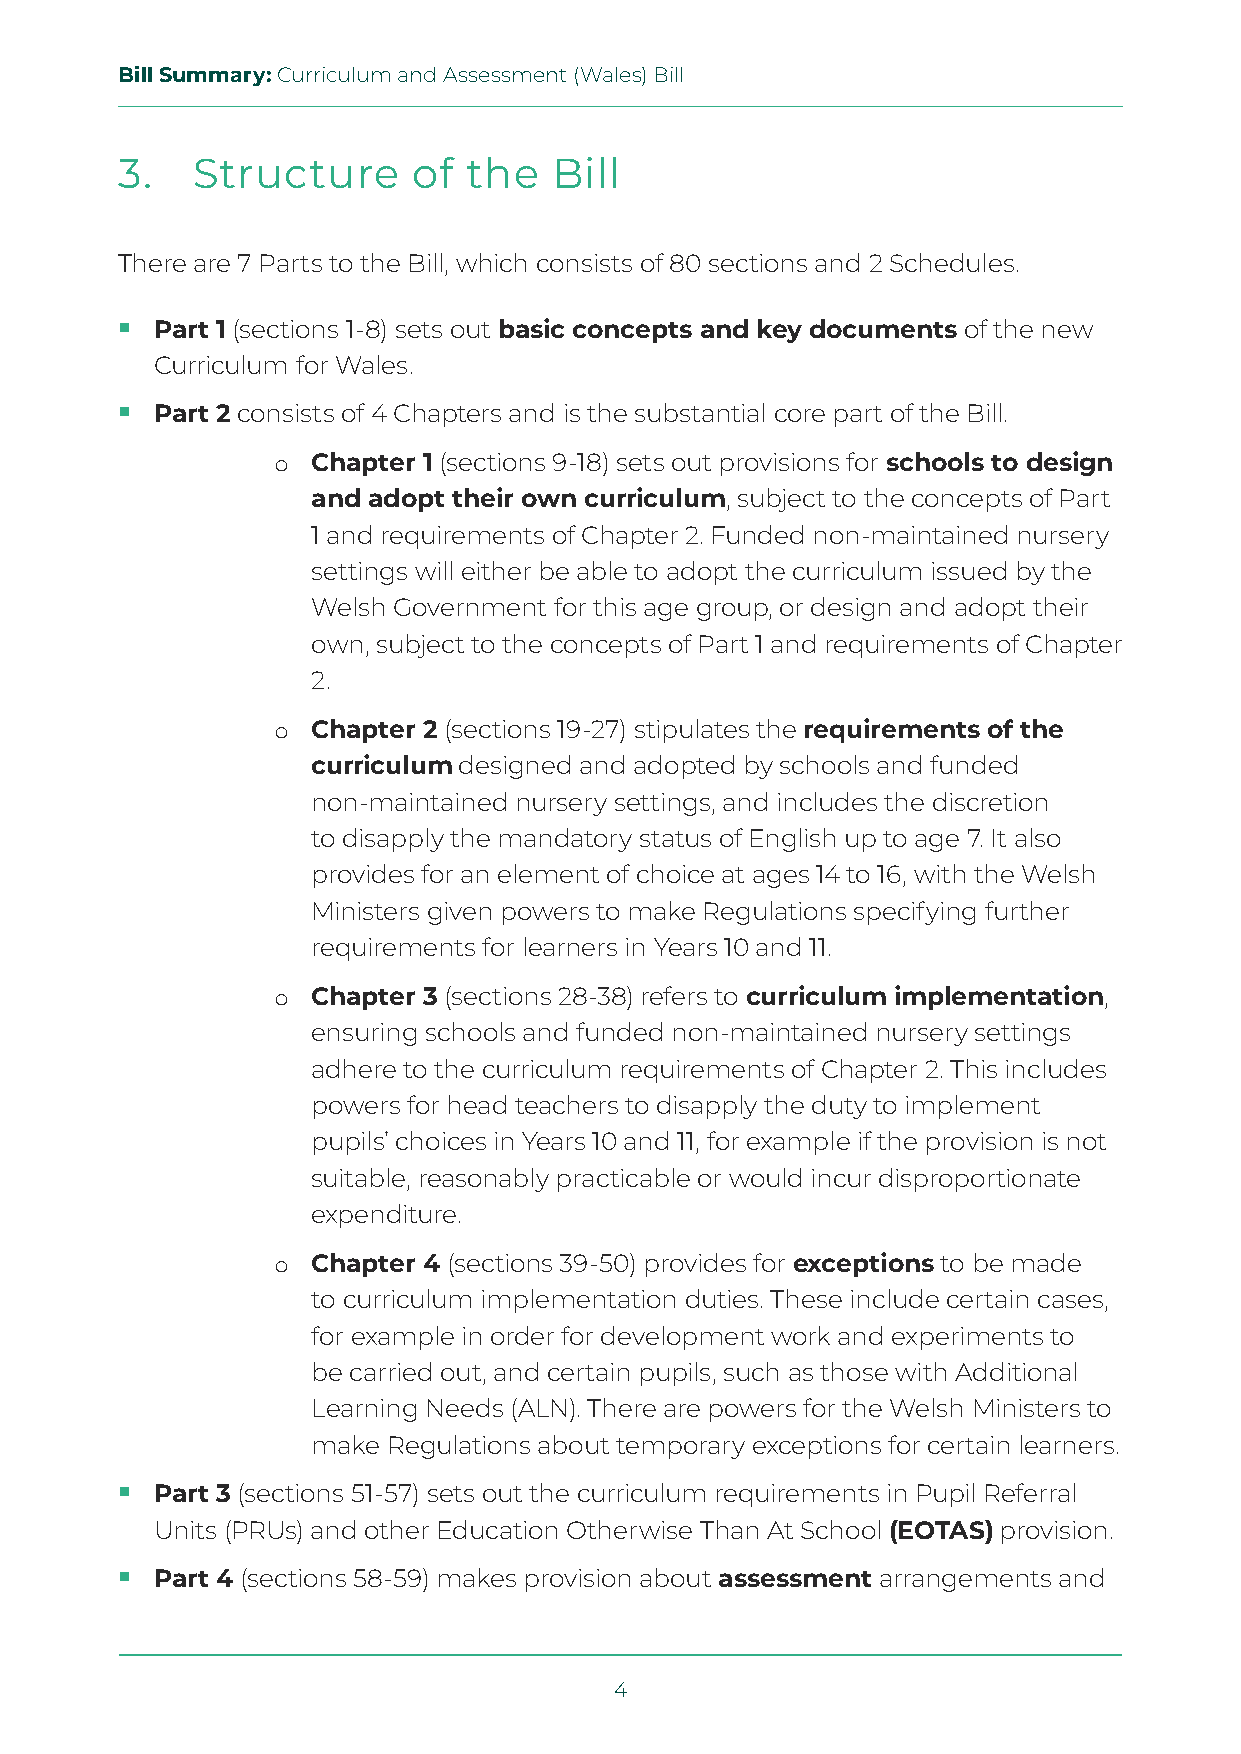
Bill Summary: Curriculum and Assessment (Wales) Bill
 3.   Structure     of  the   Bill
 There are 7 Parts to the Bill, which consists of 80 sections and 2 Schedules.
  Part 1 (sections 1-8) sets out basic concepts and key documents of the new
 Curriculum for Wales.
  Part 2 consists of 4 Chapters and is the substantial core part of the Bill.
 Chapter 1 (sections 9-18) sets out provisions for schools to design
 o
 and adopt their own curriculum, subject to the concepts of Part
 1 and requirements of Chapter 2. Funded non-maintained nursery
 settings will either be able to adopt the curriculum issued by the
 Welsh Government for this age group, or design and adopt their
 own, subject to the concepts of Part 1 and requirements of Chapter
 2.
 Chapter 2 (sections 19-27) stipulates the requirements of the
 o
 curriculum designed and adopted by schools and funded
 non-maintained nursery settings, and includes the discretion
 to disapply the mandatory status of English up to age 7. It also
 provides for an element of choice at ages 14 to 16, with the Welsh
 Ministers given powers to make Regulations specifying further
 requirements for learners in Years 10 and 11.
 Chapter 3 (sections 28-38) refers to curriculum implementation,
 o
 ensuring schools and funded non-maintained nursery settings
 adhere to the curriculum requirements of Chapter 2. This includes
 powers for head teachers to disapply the duty to implement
 pupils’ choices in Years 10 and 11, for example if the provision is not
 suitable, reasonably practicable or would incur disproportionate
 expenditure.
 Chapter 4 (sections 39-50) provides for exceptions to be made
 o
 to curriculum implementation duties. These include certain cases,
 for example in order for development work and experiments to
 be carried out, and certain pupils, such as those with Additional
 Learning Needs (ALN). There are powers for the Welsh Ministers to
 make Regulations about temporary exceptions for certain learners.
  Part 3 (sections 51-57) sets out the curriculum requirements in Pupil Referral
 Units (PRUs) and other Education Otherwise Than At School (EOTAS) provision.
  Part 4 (sections 58-59) makes provision about assessment arrangements and
 4